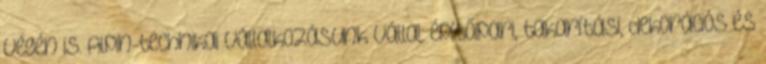
végén is. Alpin-technikai vállalkozásunk vállal: építőipari, takarítási, dekorációs és